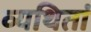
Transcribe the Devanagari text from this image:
व्यथितां